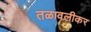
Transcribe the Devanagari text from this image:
तळावलीकर